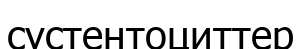
сустентоциттер